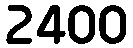
2400